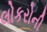
લોકરોની